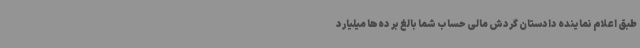
طبق اعلام نماینده دادستان گردش مالی حساب شما بالغ بر ده‌ها میلیارد